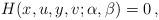
LaTeX: \begin{align*}H(x,u,y,v;\alpha,\beta)=0\,,\end{align*}